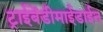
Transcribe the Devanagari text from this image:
ट्राईबेंडीमाईडाईन